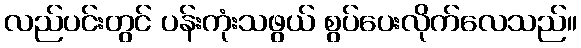
လည်ပင်းတွင် ပန်းကုံးသဖွယ် စွပ်ပေးလိုက်လေသည်။